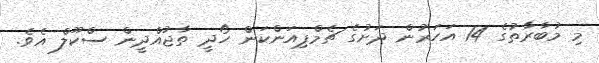
މި މުބާރާތުގެ 14 އަހަރުން ދަށުގެ ޗެމްޕިއަންކަން ހޯދީ ތާޖުއްދީން ސްކޫލް އެވެ.